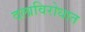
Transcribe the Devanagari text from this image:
दलाविरोधात